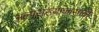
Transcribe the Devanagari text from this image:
अल्पसंख्यांकासाठी